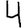
Digit: 4